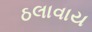
ઠલાવાય